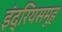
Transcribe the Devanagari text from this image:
इंद्रियसमूह